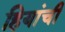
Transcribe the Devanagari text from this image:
हियांची